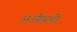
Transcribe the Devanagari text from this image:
अऔप्रची